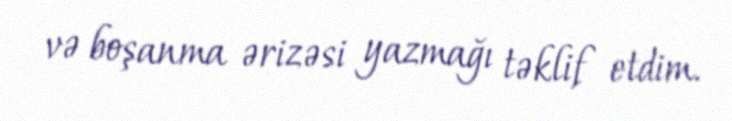
və boşanma ərizəsi yazmağı təklif etdim.